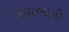
દાયાઓની